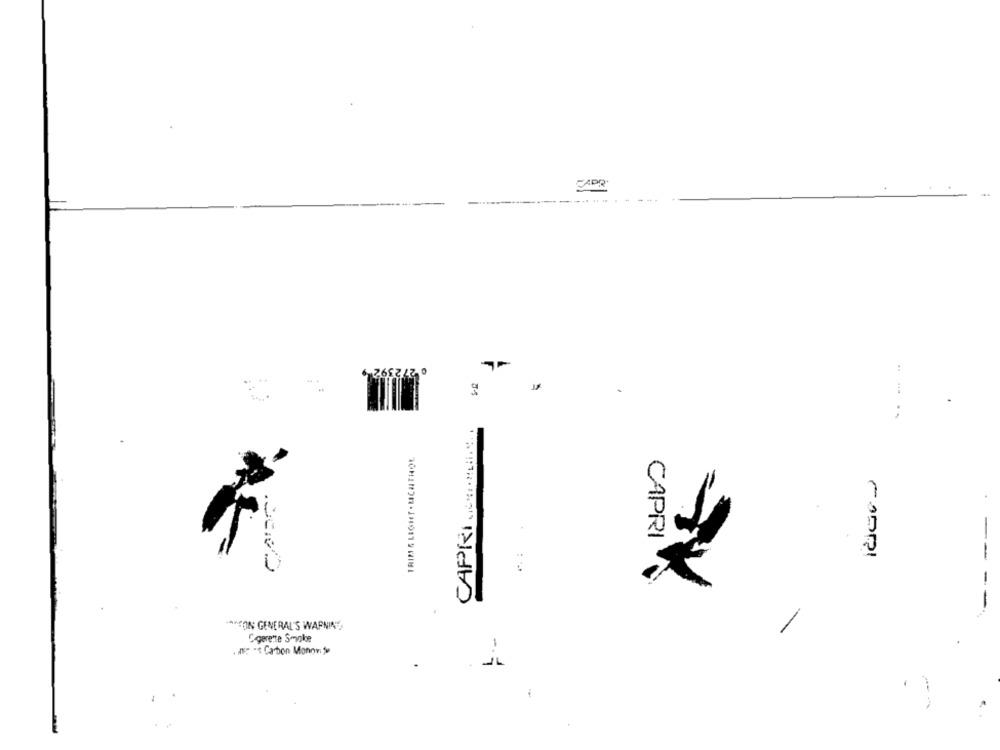
ZAPR
0 272392 9
CAPRINO ......
-- --
TRIN & LIGHET . LICHTHOL
10100.
CAPRI
^^CON GENERAL'S WARNING
Cigarette Smoke
. It - Carbon Mononi v